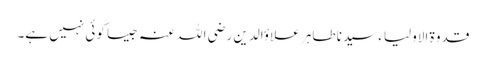
قدوۃ الاولیاء سیدنا طاہر علاؤالدین رضی اللہ عنہ جیسا کوئی نہیں ہے۔